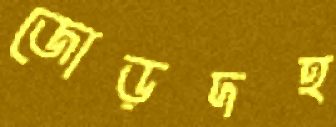
জোড়দহ